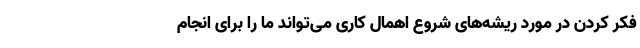
فکر کردن در مورد ریشه‌های شروع اهمال کاری می‌تواند ما را برای انجام